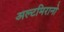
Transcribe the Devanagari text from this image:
अल्टमिरानो